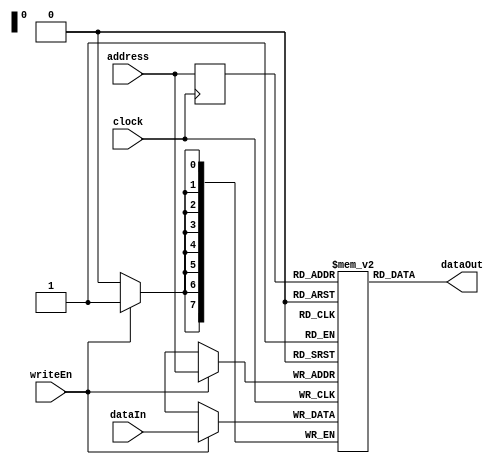
module InsMemory
#( 
    parameter MEM_INIT = 0, 
    parameter WIDTH = 8,
    parameter DEPTH = 256,
    parameter ADDR_WIDTH = $clog2(DEPTH)
)
(
    input wire clock, writeEn,
    input wire [WIDTH-1:0]dataIn,
    input wire [ADDR_WIDTH-1:0]address,
    output wire [WIDTH-1:0]dataOut
);


reg [ADDR_WIDTH-1:0] addr_reg;

reg [WIDTH-1:0] memory[0:DEPTH-1] ;

/// initialize memory for simulation  /////////
initial begin
    if (MEM_INIT == 1) begin
       // $readmemb("../Code/9_ins_mem_tb.txt", memory);
        $readmemb("../test/5_ins_mem_tb.txt", memory);
    end
end
///////////////////////////////////////////////

always @(posedge clock) begin
    addr_reg <= address;
    if (writeEn) begin
        memory[address] <= dataIn;   // write requires only 1 clk cyle. 
    end
end
assign dataOut = memory[addr_reg];   // address is registered. Need 2 clk cycles to read.

endmodule // INS_RAM